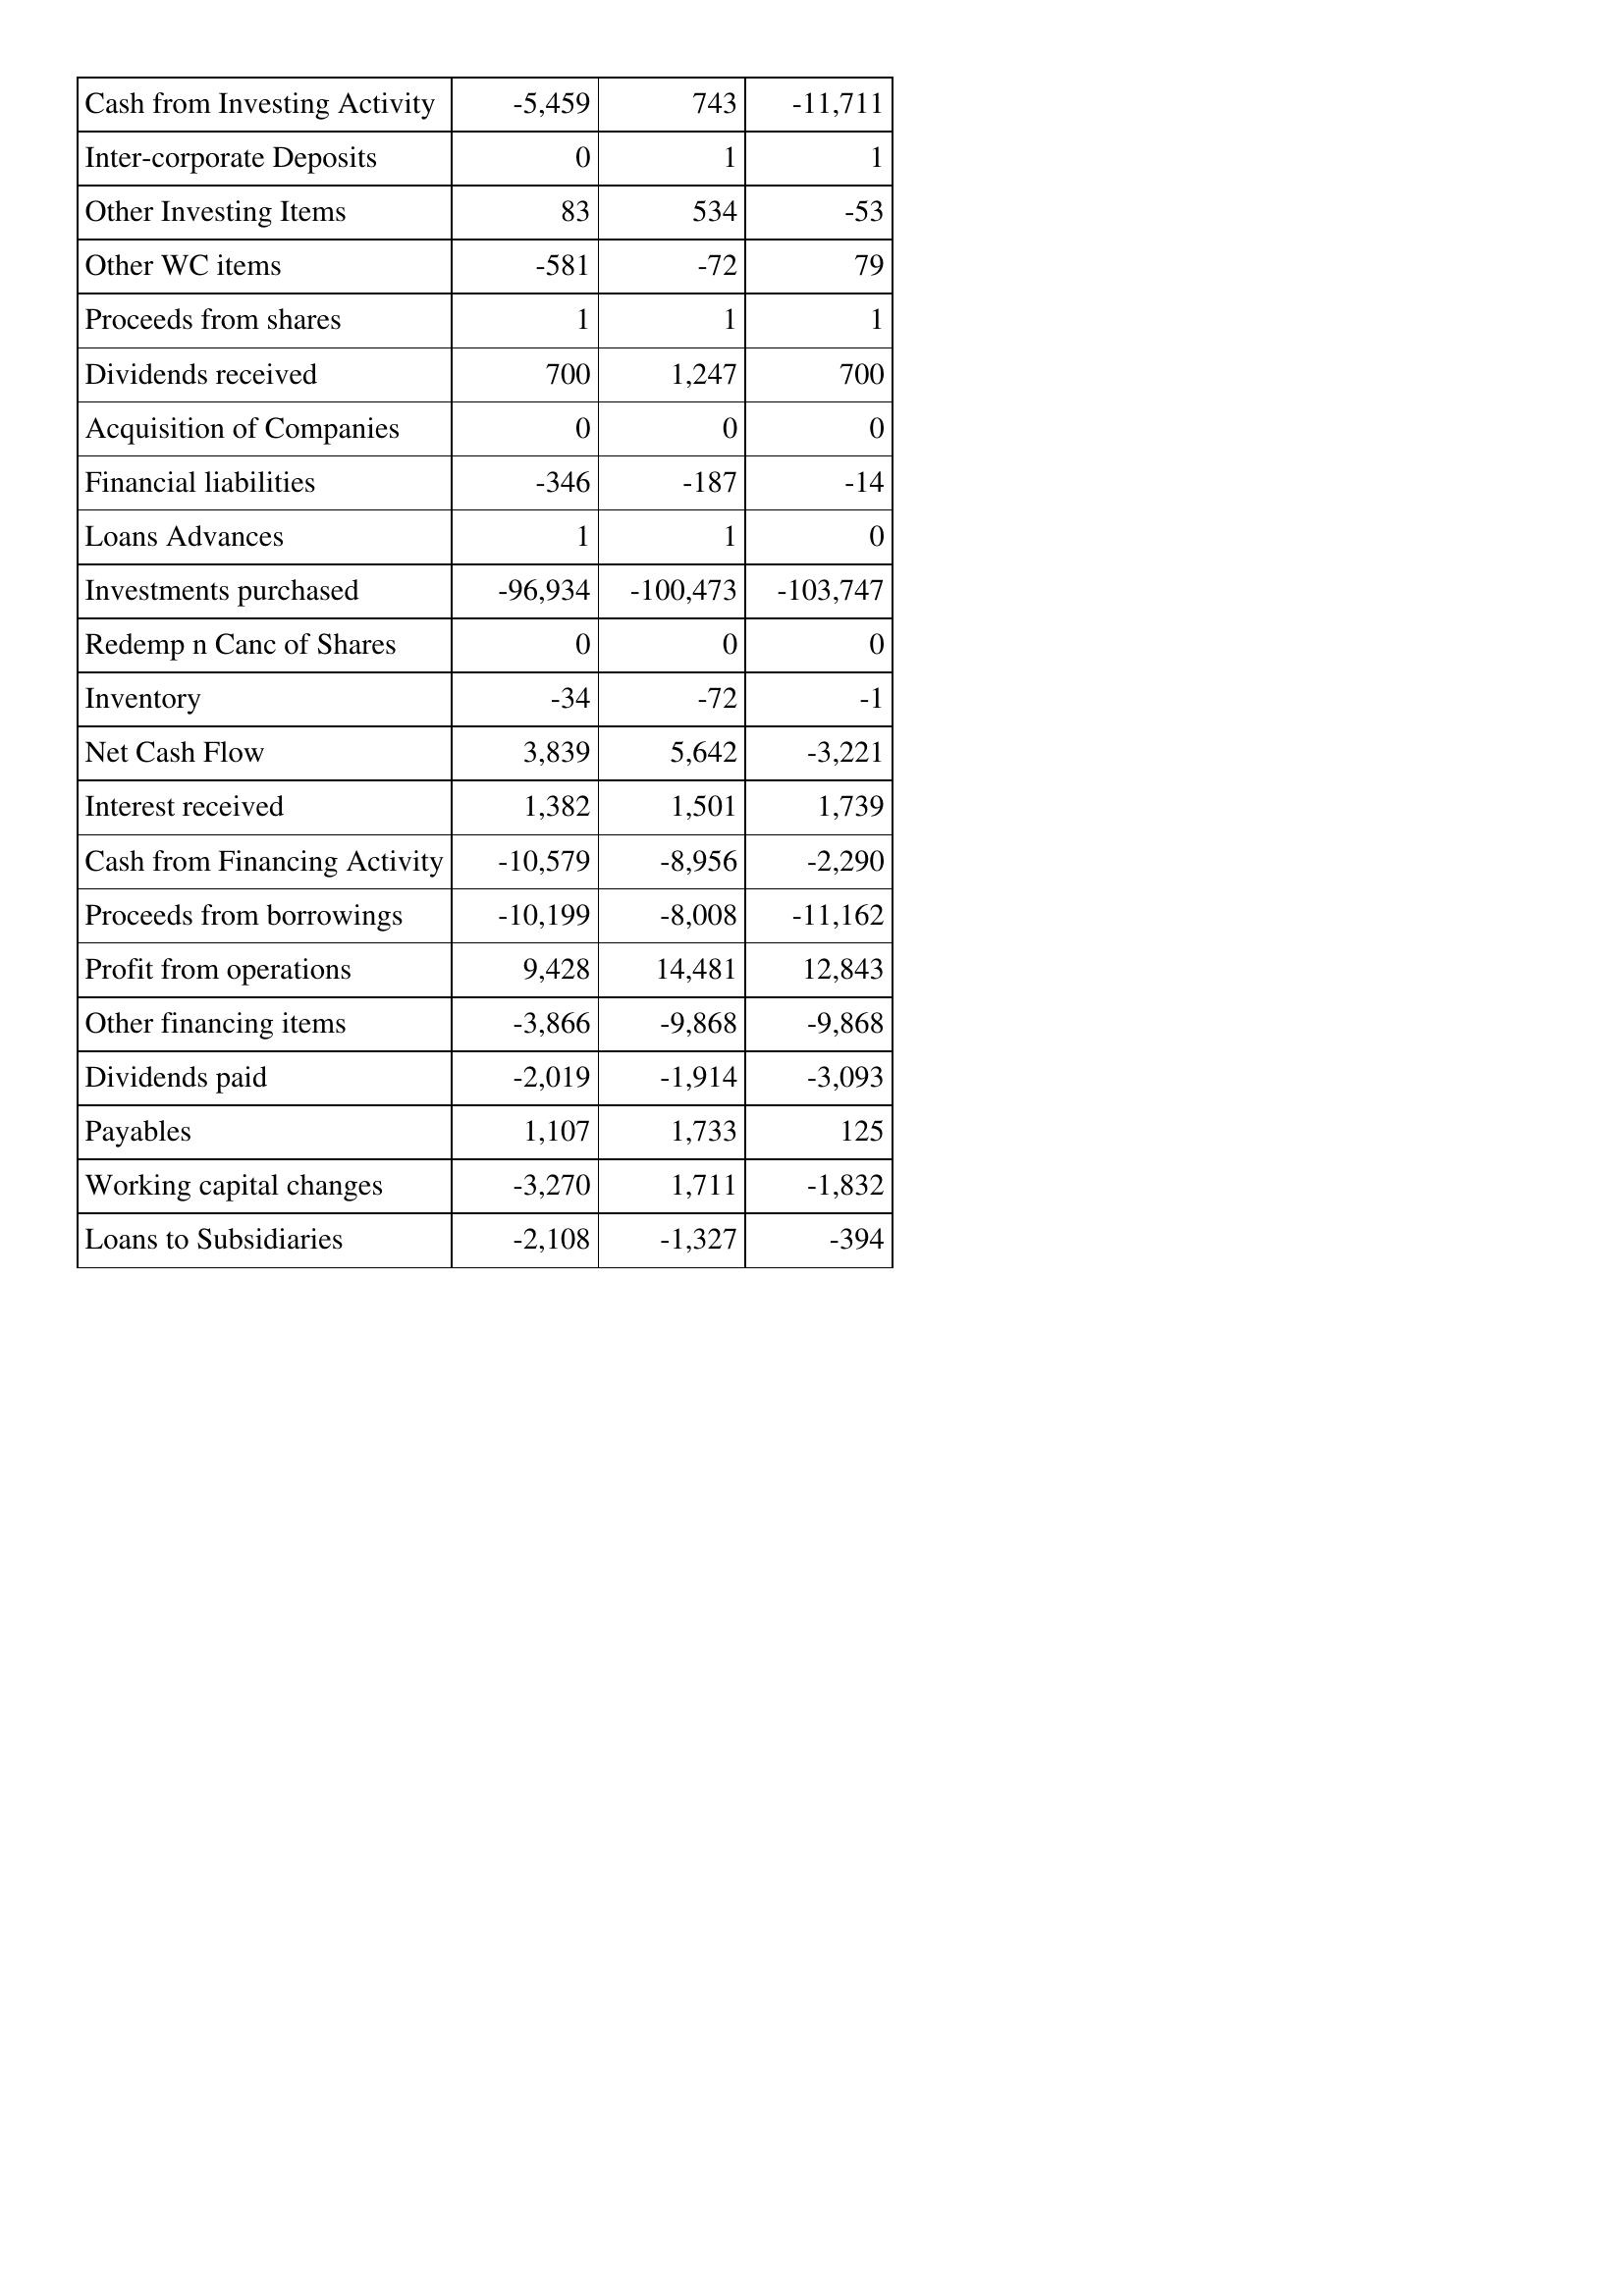
Jul-11: Cash Flows: Cash from Investing Activity: -5,459
Inter-corporate Deposits: 0
Other Investing Items: 83
Other WC items: -581
Proceeds from shares: 1
Dividends received: 700
Acquisition of Companies: 0
Financial liabilities: -346
Loans Advances: 1
Investments purchased: -96,934
Redemp n Canc of Shares: 0
Inventory: -34
Net Cash Flow: 3,839
Interest received: 1,382
Cash from Financing Activity: -10,579
Proceeds from borrowings: -10,199
Profit from operations: 9,428
Other financing items: -3,866
Dividends paid: -2,019
Payables: 1,107
Working capital changes: -3,270
Loans to Subsidiaries: -2,108
Jul-12: Cash Flows: Cash from Investing Activity: 743
Inter-corporate Deposits: 1
Other Investing Items: 534
Other WC items: -72
Proceeds from shares: 1
Dividends received: 1,247
Acquisition of Companies: 0
Financial liabilities: -187
Loans Advances: 1
Investments purchased: -100,473
Redemp n Canc of Shares: 0
Inventory: -72
Net Cash Flow: 5,642
Interest received: 1,501
Cash from Financing Activity: -8,956
Proceeds from borrowings: -8,008
Profit from operations: 14,481
Other financing items: -9,868
Dividends paid: -1,914
Payables: 1,733
Working capital changes: 1,711
Loans to Subsidiaries: -1,327
Jul-13: Cash Flows: Cash from Investing Activity: -11,711
Inter-corporate Deposits: 1
Other Investing Items: -53
Other WC items: 79
Proceeds from shares: 1
Dividends received: 700
Acquisition of Companies: 0
Financial liabilities: -14
Loans Advances: 0
Investments purchased: -103,747
Redemp n Canc of Shares: 0
Inventory: -1
Net Cash Flow: -3,221
Interest received: 1,739
Cash from Financing Activity: -2,290
Proceeds from borrowings: -11,162
Profit from operations: 12,843
Other financing items: -9,868
Dividends paid: -3,093
Payables: 125
Working capital changes: -1,832
Loans to Subsidiaries: -394